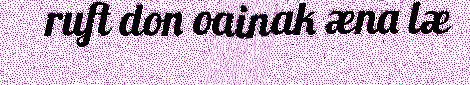
ruft don oainak æna læ